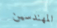
المهندسين